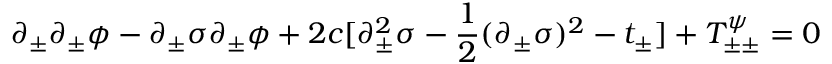
\partial _ { \pm } \partial _ { \pm } \phi - \partial _ { \pm } \sigma \partial _ { \pm } \phi + 2 c [ \partial _ { \pm } ^ { 2 } \sigma - { \frac { 1 } { 2 } } ( \partial _ { \pm } \sigma ) ^ { 2 } - t _ { \pm } ] + T _ { \pm \pm } ^ { \psi } = 0